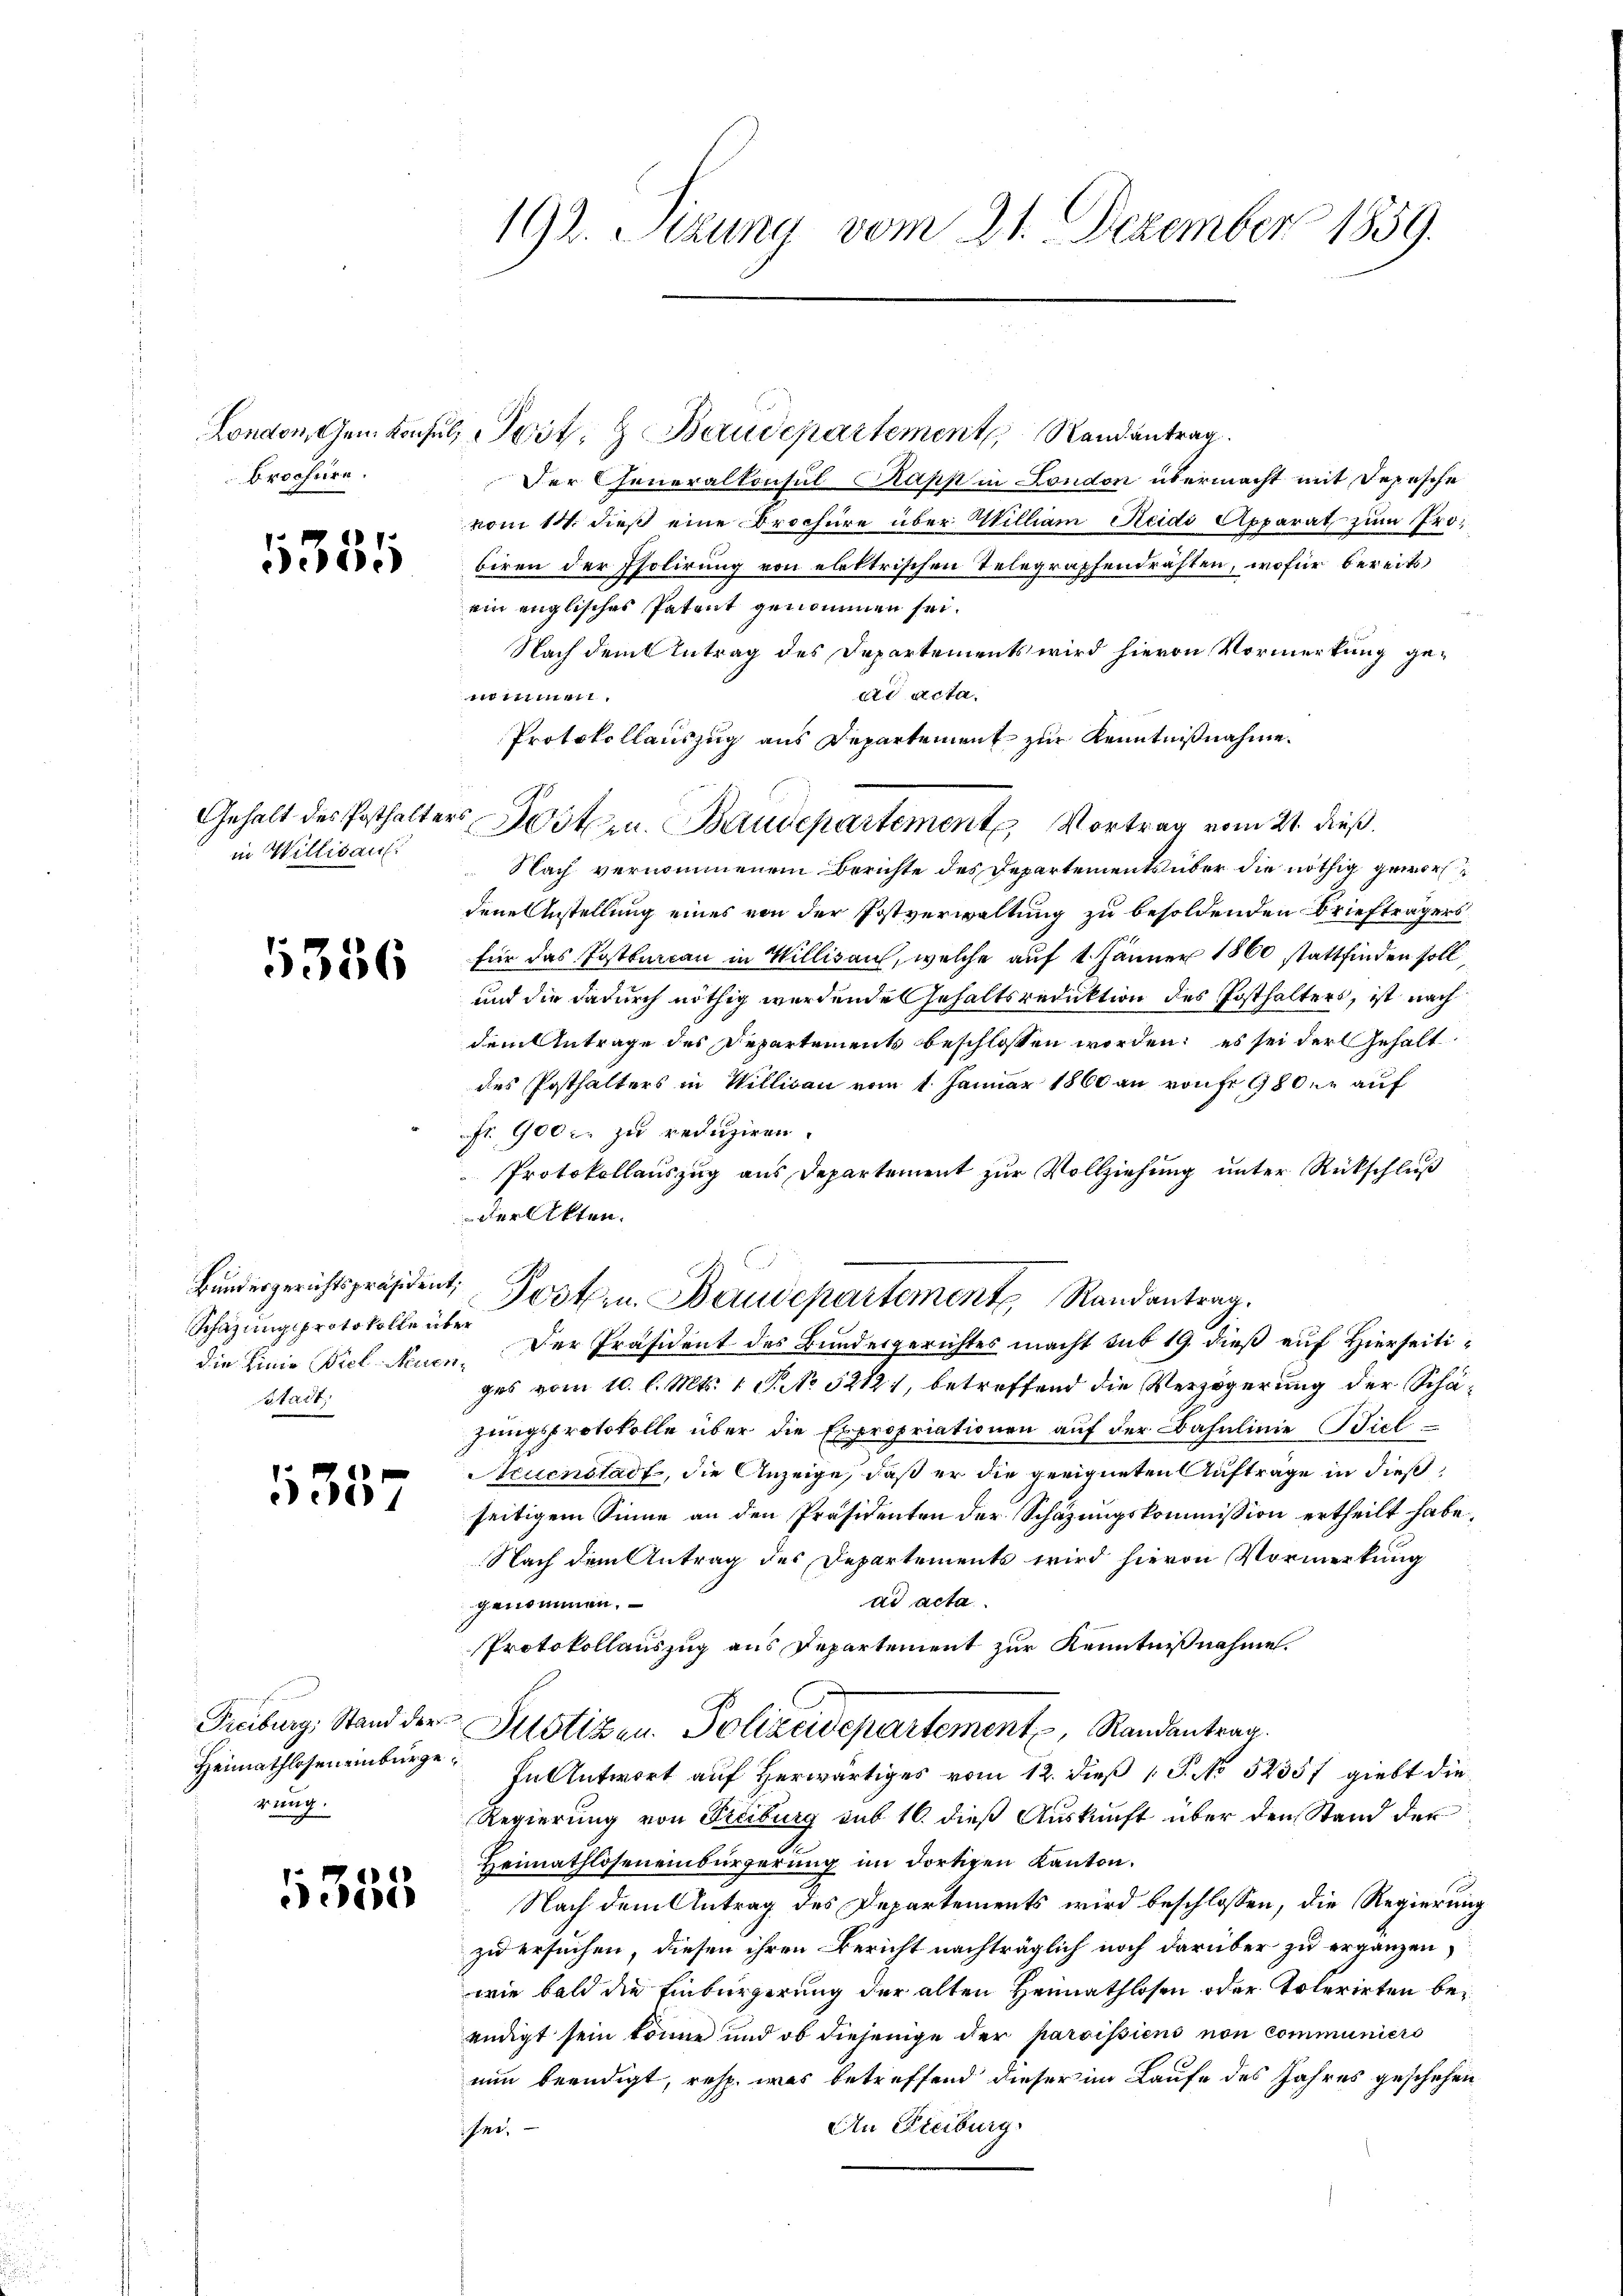
Brochüre.

1351

in Willisauf:

5386

Schazungsprotokolle über
Stadt

1357

Heimathlosen einburge
rung.

1355

192. Sitzung vom 21. Dezember 1859.

London, Gem konsul, Post. & Baudepartement Randantrag.
Der Generalkonsul Kapp in London übermacht mit Depesche
vom 14. dieß eine Brochüre über William Reidi Apparat zum Probiren der Isolirung von elektrischen Telegraphendrähten, wofür bereits
ein englisches Patent genommen sei.
Nach dem Antrag des Departements wird hievon Vormerkung gead acta.
111 111 1411
Protokollauszug aus Departement zur Kenntnißnahme.
Gehalt des Posthalters Postern. Baudepartement Vortrag vom 21. dieß.
Nach vernommenem Berichte des Departement über die nöthig geworf
dene Anstellung eines von der Postverwaltung zu besoldenden Briefträgers
für das Postburcan in Willisau, welche auf 1 Jänner 1860 stattfinden soll,
und die dadurch nöthig werdende Gehaltsreduktion des Posthalters, ist nach
dem Antrage des Departements beschlossen worden; es sei der Gehalt
des Posthalters in Willisau vom 1. Januar 1860 an von fr. 980 er auf
Fr. 900 c. zu reduziren.
Protokollauszug aus Departement zur Vollziehung unter Rückschluß
der Akten.
die Linie Biel Neuen. Der Präsident des Bundesgerichtes macht sub 19. dieß auf Hierseitiges vom 10. l. Mts. 1 S. No 52121, betreffend die Verzögerung der Schäzungsprotokolle über die Expropriationen auf der Bahnlinie Biel
truenstadt, die Anzeige, daß er die geeigneten Aufträge in dießseitigem Sinne an den Präsidenten der Schazungskommission ertheilt habe,
Nach dem Antrag des Departements wird hievon Vormerkung
ad acta
genommen.
Protokollauszug aus Departement zur Kenntnißnahme.
Freiburg, Stand der Justizen Polizeidepartement, Randantrag.
In Antwort auf herwärtiges vom 12. dieß 1 S. No 52357 giebt die
Regierung von Freiburg sub 16. dieß Auskunft über den Stand der
Heimathlosen einbürgerung im dortigen Kanton.
 Nach dem Antrag des Departements wird beschlossen, die Regierung
zu ersuchen, diesen ihren Bericht nachträglich noch darüber zu ergänzen,
wie bald die Einbürgerung der alten Heimathlosen oder Tolerirten bei
endigt sein könne und ob diejenige der paroissions non communiers
nun beendigt, resp. was betreffend dieser im Laufe des Jahres geschehen
An Steiburg
ar.

Bundesgerichtspräsident, Postern. Baudepartement Randantrag.